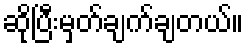
ဆိုပြီးမှတ်ချက်ချတယ်။